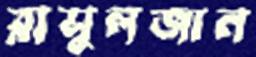
রাসুলজান